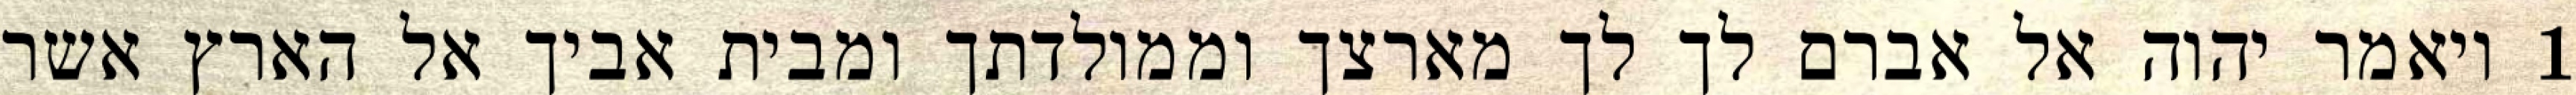
1 ויאמר יהוה אל אברם לך לך מארצך וממולדתך ומבית אביך אל הארץ אשר